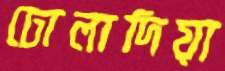
ঢোলাদিয়া